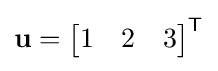
\mathbf {u} ={\begin{bmatrix}1&2&3\end{bmatrix}}^{\textsf {T}}